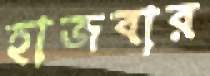
হাজবার